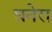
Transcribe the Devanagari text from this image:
घनेरा